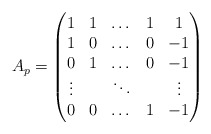
\begin{align*} A_p = \left( \begin{matrix} 1 & 1 & \dots & 1 & 1 \\ 1 & 0 & \dots & 0 & -1 \\ 0 & 1 & \dots & 0 & -1 \\ \vdots & & \ddots & &\vdots \\ 0 & 0 & \dots & 1 & -1 \end{matrix} \right) \end{align*}